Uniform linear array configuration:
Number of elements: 16
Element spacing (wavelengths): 1
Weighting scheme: blackman
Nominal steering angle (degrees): -15
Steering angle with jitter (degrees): -16.867
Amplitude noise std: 0.05
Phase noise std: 0.05

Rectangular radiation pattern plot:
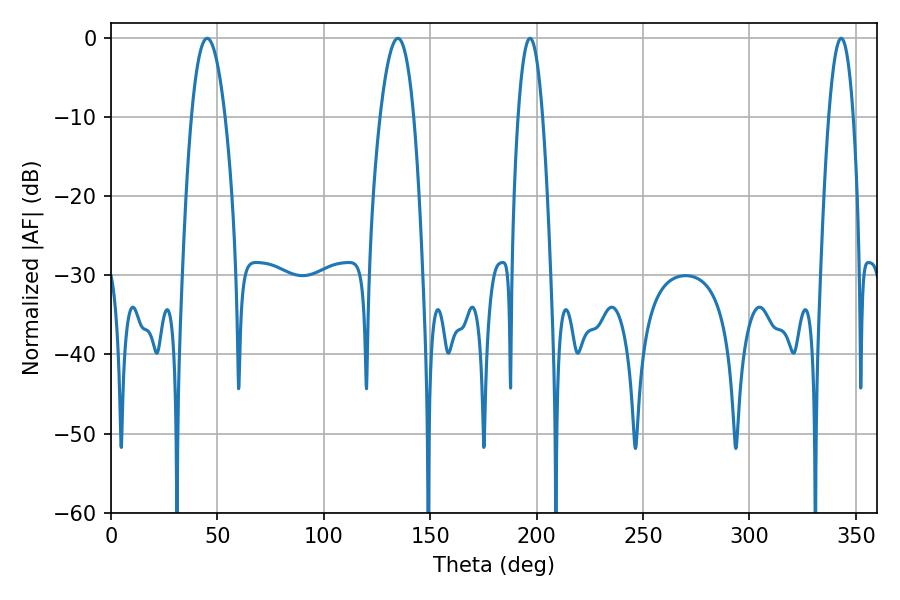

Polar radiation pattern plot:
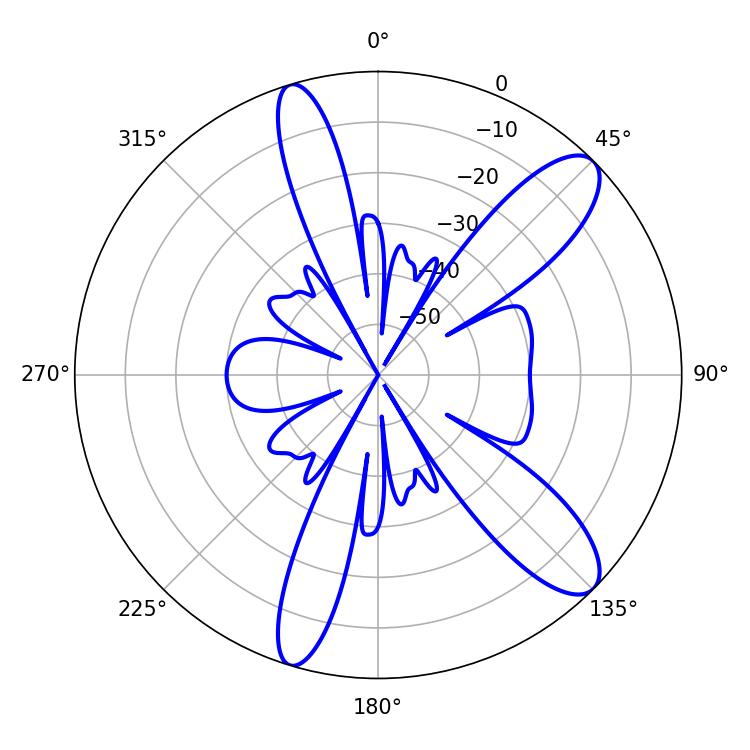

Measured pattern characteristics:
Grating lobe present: TRUE
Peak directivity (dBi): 10.881
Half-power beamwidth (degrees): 8.64
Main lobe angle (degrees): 45.18